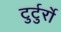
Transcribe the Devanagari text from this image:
टुर्टुर्रो